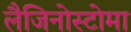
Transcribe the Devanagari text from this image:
लैजिनोस्टोमा